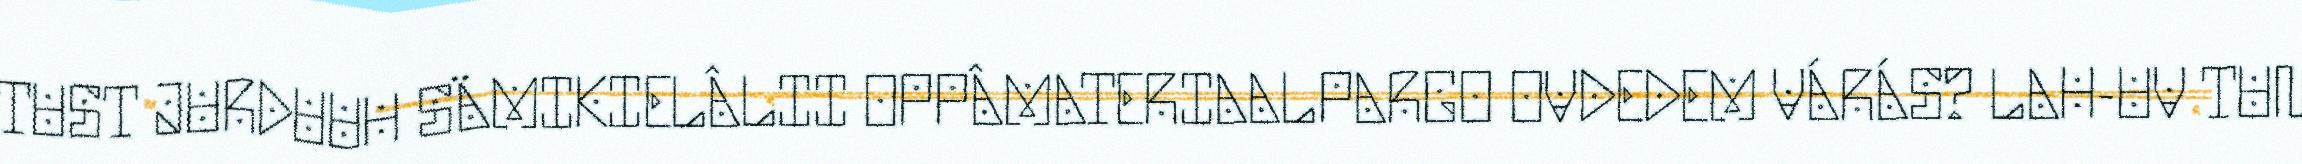
TUST JURDUUH SÄMIKIELÂLII OPPÂMATERIAALPARGO OVDEDEM VÁRÁS? LAH-UV TUN